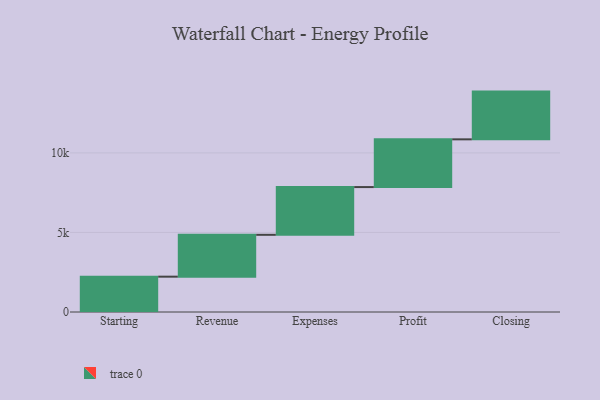
{"axis": {"x": "Step", "y": "Value"}, "legend": [""], "data": [{"x": "Starting", "y": 2220.0, "type": ""}, {"x": "Revenue", "y": 2631.0, "type": ""}, {"x": "Expenses", "y": 3000, "type": ""}, {"x": "Profit", "y": 3000, "type": ""}, {"x": "Closing", "y": 3000, "type": ""}]}